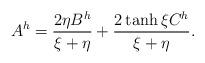
LaTeX: \begin{align*}A^h = \frac{2\eta B^h}{\xi+\eta} + \frac{2\tanh\xi C^h}{\xi+\eta}.\end{align*}